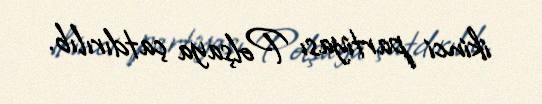
ikinci partiyası Polşaya çatdırılıb.